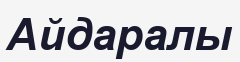
Айдаралы